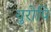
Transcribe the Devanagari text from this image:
युरोपि